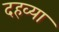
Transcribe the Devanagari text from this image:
दहव्या